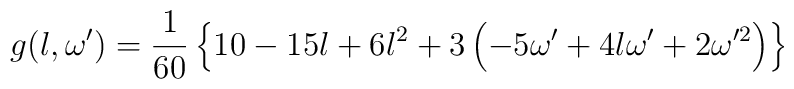
g(l,\omega')=\frac{1}{60}\left\{10-15l+6l^2+3\left(-5\omega'+4l\omega'+2\omega'^2\right)\right\}